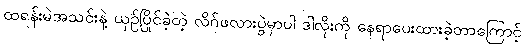
ထရန်းမဲအသင်းနဲ့ ယှဥ်ပြိုင်ခဲ့တဲ့ လိဂ်ဖလားပွဲမှာပါ ဒါလိုးကို နေရာပေးထားခဲ့တာကြောင့်